system: You are a helpful assistant.
user:
Analyze the provided spectrum to determine if it is a **"Cataclysmic Variables (CV)"**.

- **Key Indicators for CV (Check for either state):**
    - **State 1: Quiescent / Low-State (Emission-Dominated)**
        - **(Primary):** Strong and *very broad* Hydrogen Balmer emission lines (e.g., $H\alpha$ at 6563 Å, $H\beta$ at 4861 Å). The 'broadness' (high velocity dispersion, often FWHM > 1000 km/s) is the key diagnostic, indicating a high-velocity accretion disk.
        - **(Secondary):** Broad neutral Helium (He I) emission lines (e.g., 5876 Å, 6678 Å).
        - **(Key Confirmation):** Presence of high-excitation *ionized* Helium (He II) emission at 4686 Å. This is a strong indicator of accretion onto a white dwarf.
        - **(Line Profile):** Emission lines may exhibit a 'double-peaked' profile, which is a classic signature of a rotating accretion disk viewed at high inclination.

    - **State 2: Outburst / High-State (Absorption-Dominated)**
        - **(Primary):** Spectrum is dominated by a bright, blue continuum (looks like a hot star).
        - **(Secondary):** The emission lines from State 1 are weak, absent, or 'filled in', and are replaced by broad, shallow *absorption* lines (primarily Balmer and He I).
        - **(Morphology):** The overall spectrum mimics a hot B/A-type star. The crucial difference is that the absorption lines are significantly broader, shallower, and more 'washed-out' (or 'smeared') than the sharp lines of a normal stellar photosphere, due to high rotational speeds and pressure broadening in the disk.

Think first, call **spectral_visualization_tool** if needed to examine features in detail, then provide your final answer. Your response must adhere to the following strict rules:
1.  **Overall Structure:** Your response must follow the format `<think>...</think> <tool_call>...</tool_call> (if a tool is used) <answer>...</answer>`.
2.  **Tool Usage Constraint:** You may only make **one** tool call per turn.
3.  **Final Answer Format:** In the `<answer>` tag, your conclusion must be inside a `\boxed{}` command (e.g., `\boxed{YES}`), followed by your justification.

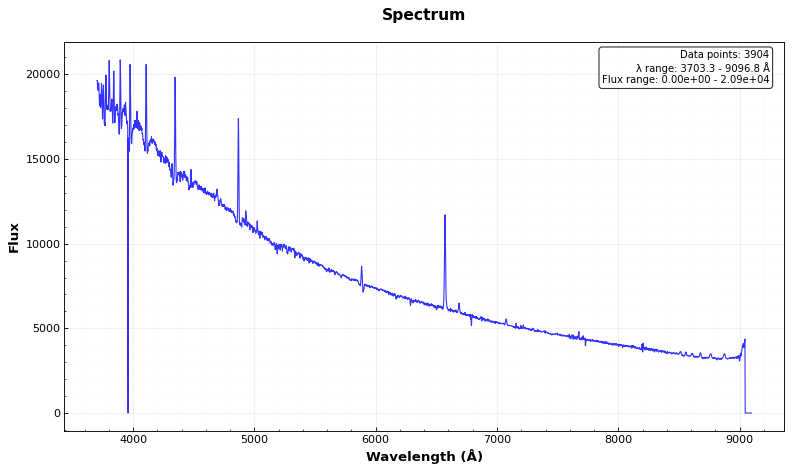
Answer: YES